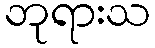
ဘုရားသ